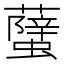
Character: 𧒣